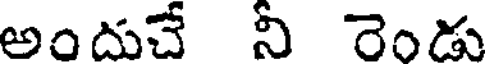
అందుచే నీ రెండు